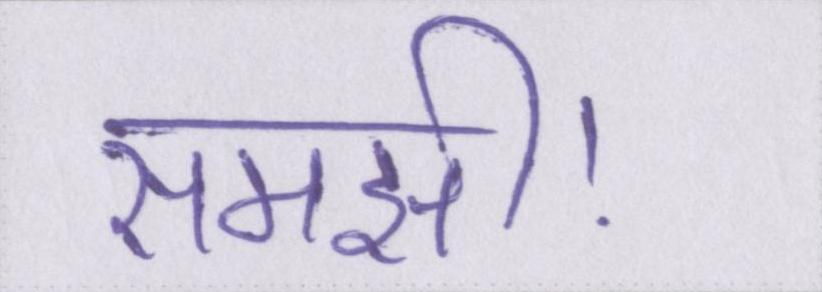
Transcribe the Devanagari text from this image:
समझी।